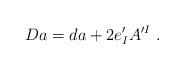
LaTeX: \begin{align*}D a = d a + 2 e'_I A^{\prime I}\ .\end{align*}